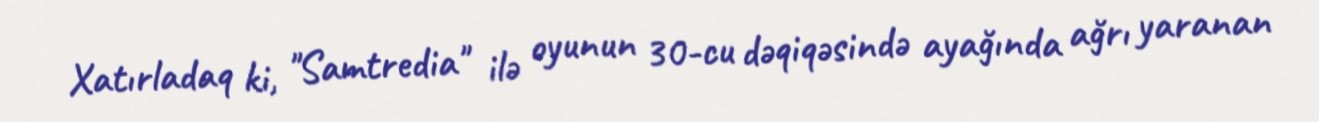
Xatırladaq ki, "Samtredia" ilə oyunun 30-cu dəqiqəsində ayağında ağrı yaranan